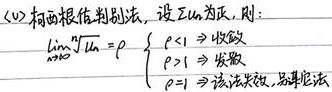
(2) 柯西根值判别法，设 \(\sum u_{n}\) 为正，则：
\(\lim_{n \to \infty} \sqrt[n]{u_{n}} = \rho=\begin{cases}
\rho < 1 \Rightarrow 收敛\\
\rho > 1 \Rightarrow 发散\\
\rho = 1 \Rightarrow 该法失效，另寻它法
\end{cases}\)